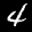
Label: 4